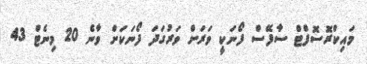
މައިކްރޮސޮފްޓް ސާފޭސް ފޯނަކީ ވަރަށް ވަރުގަދަ ފޯނަކަށް ވާނެ 20 މިނެޓް 43